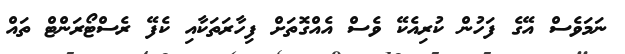
ނަމަވެސް އޭގެ ފަހުން ކުރިއެކޭ ވެސް އެއްގޮތަށް ފިހާރަތަކާއި ކެފޭ ރެސްޓޯރަންޓް ތައް